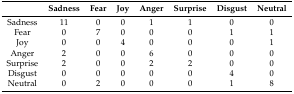
<table><thead><tr><td></td><td><b>Sadness</b></td><td><b>Fear</b></td><td><b>Joy</b></td><td><b>Anger</b></td><td><b>Surprise</b></td><td><b>Disgust</b></td><td><b>Neutral</b></td></tr></thead><tbody><tr><td>Sadness</td><td>11</td><td>0</td><td>0</td><td>1</td><td>1</td><td>0</td><td>0</td></tr><tr><td>Fear</td><td>0</td><td>7</td><td>0</td><td>0</td><td>0</td><td>1</td><td>1</td></tr><tr><td>Joy</td><td>0</td><td>0</td><td>4</td><td>0</td><td>0</td><td>0</td><td>1</td></tr><tr><td>Anger</td><td>2</td><td>0</td><td>0</td><td>6</td><td>0</td><td>0</td><td>0</td></tr><tr><td>Surprise</td><td>2</td><td>0</td><td>0</td><td>2</td><td>2</td><td>0</td><td>0</td></tr><tr><td>Disgust</td><td>0</td><td>0</td><td>0</td><td>0</td><td>0</td><td>4</td><td>0</td></tr><tr><td>Neutral</td><td>0</td><td>2</td><td>0</td><td>0</td><td>0</td><td>1</td><td>8</td></tr></tbody></table>